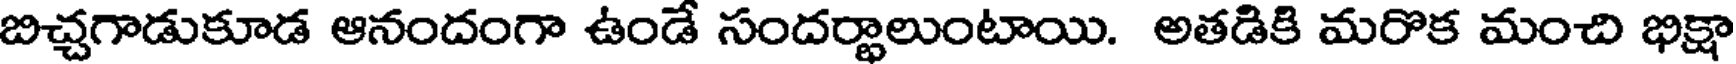
బిచ్చగాడుకూడ ఆనందంగా ఉండే సందర్థాలుంటాయి. అతడికి మరొక మంచి భిక్షా